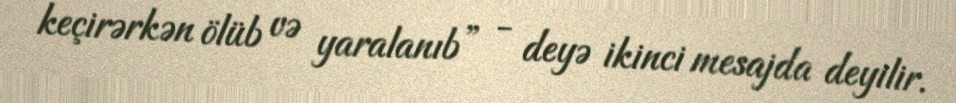
keçirərkən ölüb və yaralanıb” - deyə ikinci mesajda deyilir.